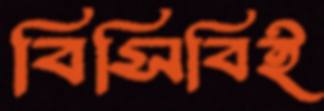
বিসিবিই